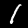
Digit: 1